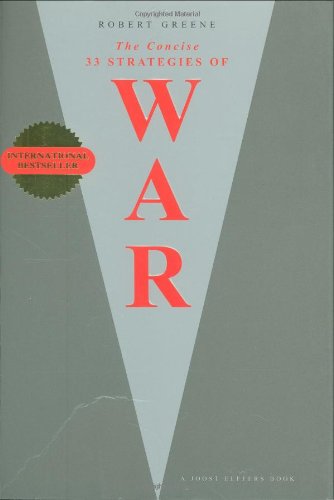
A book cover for Concise 33 Strategies of War, The; Robert Greene; Engineering & Transportation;